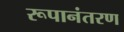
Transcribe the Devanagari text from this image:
रूपानंतरण